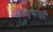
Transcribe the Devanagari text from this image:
भंडार्‍याची